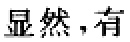
显然，有